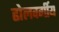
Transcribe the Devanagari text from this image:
ढोलवर्गीय